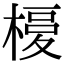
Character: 𣘅